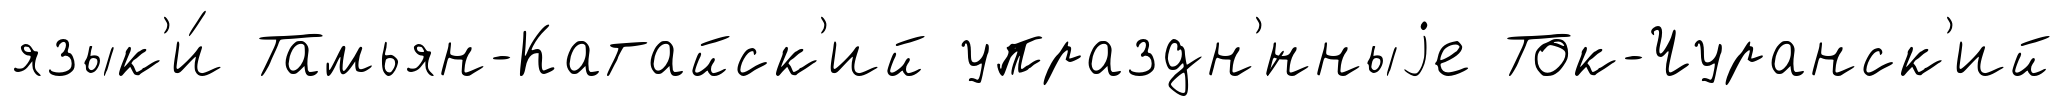
язык'и́ Тамьян-Катайск'ий упраздн'́нныjе Ток-Чуранск'ий